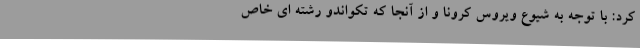
کرد: با توجه به شیوع ویروس کرونا و از آنجا که تکواندو رشته ای خاص